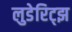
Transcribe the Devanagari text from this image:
लुडेरिट्झ